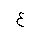
Letter: _ayn